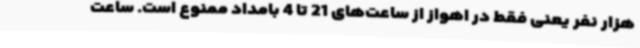
هزار نفر یعنی فقط در اهواز از ساعت‌های 21 تا 4 بامداد ممنوع است. ساعت